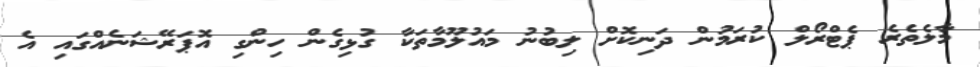
މާލެތެރެ ޕެޓްރޯލް ކުރަމުން ދަނިކޮށް ލިބުނު މައުލޫމާތަކާ ގުޅިގެން ހިންގި އޮޕަރޭޝަނެއްގައި އެ